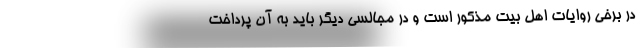
در برخی روایات اهل بیت مذکور است و در مجالسی دیگر باید به آن پرداخت